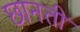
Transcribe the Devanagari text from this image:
छानती